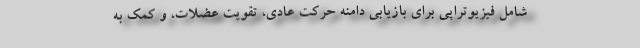
شامل فیزیوتراپی برای بازیابی دامنه حرکت عادی، تقویت عضلات، و کمک به